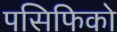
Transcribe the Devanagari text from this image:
पसिफिको